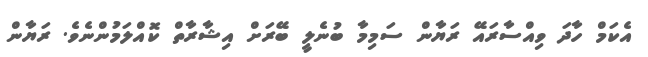
އެކަމް ހާދަ ވިއްސާރައޭ ރަޔާން ސަމިމާ ބުނެލީ ބޭރަށް އިޝާރާތް ކޮއްލަމުންނެވެ. ރަޔާން